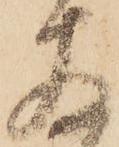
存